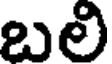
బలి